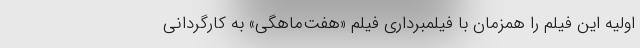
اولیه این فیلم را همزمان با فیلمبرداری فیلم «هفت‌ماهگی» به کارگردانی